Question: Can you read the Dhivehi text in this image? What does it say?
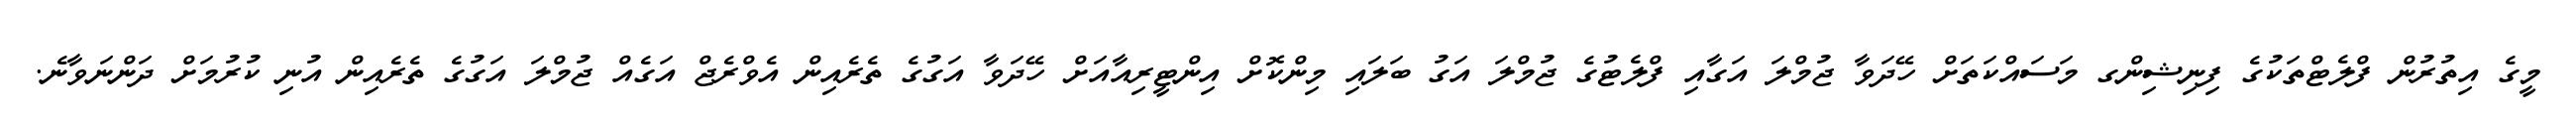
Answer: މީގެ އިތުރުން ފްލެޓްތަކުގެ ފިނިޝިންގ މަސައްކަތަށް ހޭދަވާ ޖުމްލަ އަގާއި ފްލެޓުގެ ޖުމްލަ އަގު ބަލައި މިންކޮށް އިންޓީރިއާއަށް ހޭދަވާ އަގުގެ ތެރެއިން އެވްރެޖް އަގެއް ޖުމްލަ އަގުގެ ތެރެއިން އުނި ކުރުމަށް ދަންނަވާނެ.